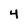
Character: 4